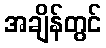
အချိန်တွင်